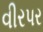
વીરપર